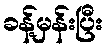
ခန့်မှန်းပြီး